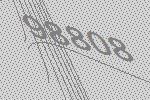
98808